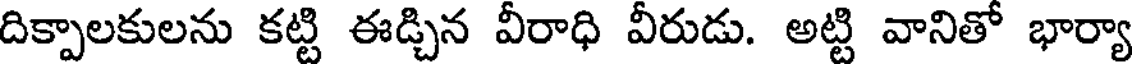
దిక్పాలకులను కట్టి ఈడ్చిన వీరాధి వీరుడు. అట్టి వానితో భార్యా